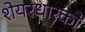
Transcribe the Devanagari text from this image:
शेयरधारको